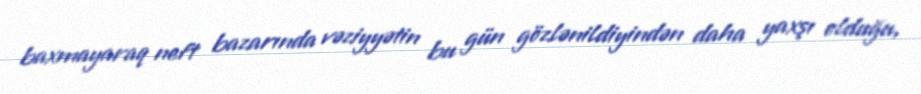
baxmayaraq neft bazarında vəziyyətin bu gün gözlənildiyindən daha yaxşı olduğu,